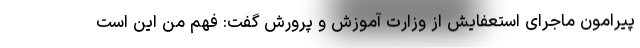
پیرامون ماجرای استعفایش از وزارت آموزش و پرورش گفت: فهم من این است